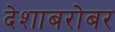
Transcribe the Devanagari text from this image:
देशाबरोबर